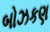
બોઝકણ